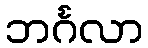
ဘင်္ဂလာ